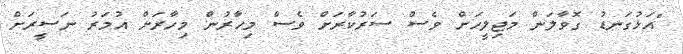
"އަޅުގަނޑު ގޮވާލަން މަޖިލީހަށް ވެސް ސަރުކާރަަށް ވެސް މިހާރުން މިހާރަށް އުމަރު ނަސީރަށް